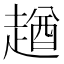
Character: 趥